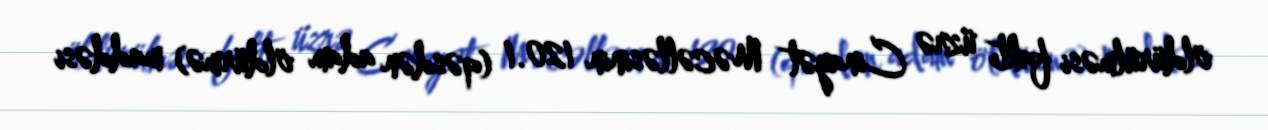
öldürülməsi faktı üzrə Cinayət Məcəlləsinin 120.1 (qəsdən adam öldürmə) maddəsi